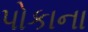
પોકાના